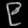
Digit: ၉